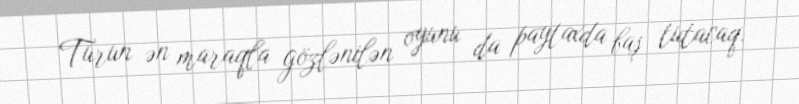
Turun ən maraqla gözlənilən oyunu da paytaxda baş tutacaq.